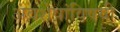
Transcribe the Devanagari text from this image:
अवशेषांविषयी